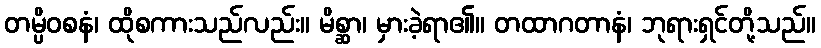
တမ္ပိဝစနံ၊ ထိုစကားသည်လည်း။ မိစ္ဆာ၊ မှားခဲ့ရာ၏။ တထာဂတာနံ၊ ဘုရားရှင်တို့သည်။